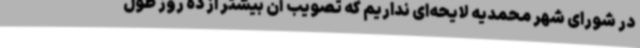
در شورای شهر محمدیه لایحه‌ای نداریم که تصویب آن بیشتر از ده روز طول